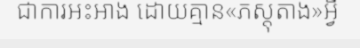
ជាការអះអាង ដោយគ្មាន«ភស្តុតាង»អ្វី